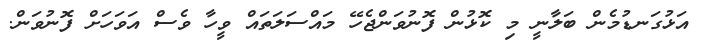
އަޅުގަނޑުމެން ބަލާނީ މި ކޮޅުން ފޮނުވަންޖެހޭ މައްސަލަތައް ވީހާ ވެސް އަވަހަށް ފޮނުވަން.